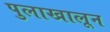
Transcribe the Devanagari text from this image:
पुलाखालून